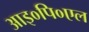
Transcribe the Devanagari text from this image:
आइ०पि०एल